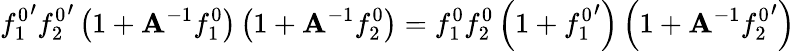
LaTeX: {f_{1}^{0}}^{\prime}{f_{2}^{0}}^{\prime}\left(1+\mathbf{A}^{-1}f_{1}^{0}\right)\left(1+\mathbf{A}^{-1}f_{2}^{0}\right)=f_{1}^{0}f_{2}^{0}\left(1+{f_{1}^{0}}^{\prime}\right)\left(1+\mathbf{A}^{-1}{f_{2}^{0}}^{\prime}\right)